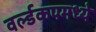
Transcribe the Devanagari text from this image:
वर्ल्डकपमध्ये